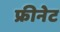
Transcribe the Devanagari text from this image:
फ्रीनेट